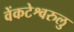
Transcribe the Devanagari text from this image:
वेंकटेश्वरुलु